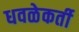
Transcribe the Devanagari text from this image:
धवळेकर्ती